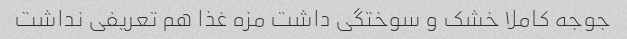
جوجه کاملا خشک و سوختگی داشت مزه غذا هم تعریفی نداشت